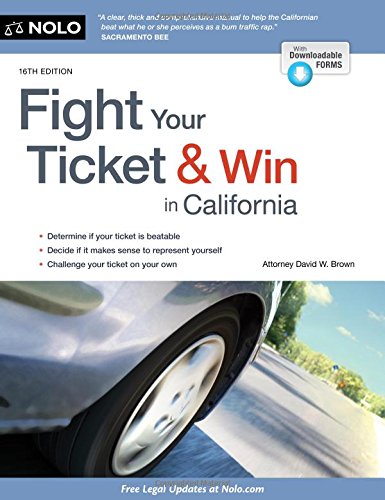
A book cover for Fight Your Ticket & Win in California; David W. Brown Attorney; Law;